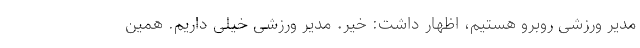
مدیر ورزشی روبرو هستیم، اظهار داشت: خیر. مدیر ورزشی خیلی داریم. همین